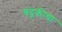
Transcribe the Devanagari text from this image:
बंदूकीचा